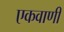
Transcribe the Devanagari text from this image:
एकवाणी